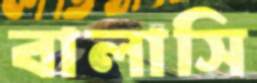
বালাসি